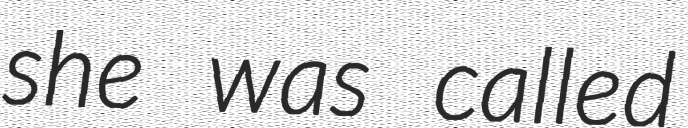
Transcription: she was called